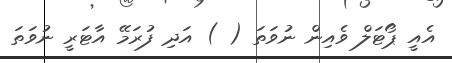
އެއީ ޕޯޓަލް ވެއިން ނުވަތަ ( ) އަދި ފުރަމޭ އާޓަރީ ނުވަތަ